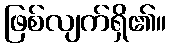
ဖြစ်လျက်ရှိ၏။